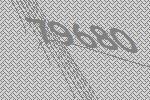
79680